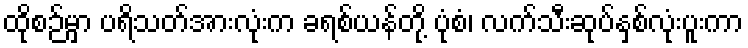
ထိုစဉ်မှာ ပရိသတ်အားလုံးက ခရစ်ယန်တို့ ပုံစံ၊ လက်သီးဆုပ်နှစ်လုံးပူးကာ